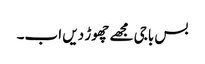
بس باجی مجھے چھوڑ دیں اب۔